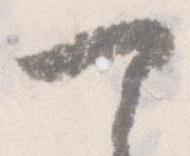
可